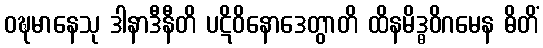
ဝဍ္ဎမာနေသု ဒါနာဒီနီတိ ပဋိဝိနောဒေတွာတိ ထိနမိဒ္ဓဝိဂမေန ဓိတိံ